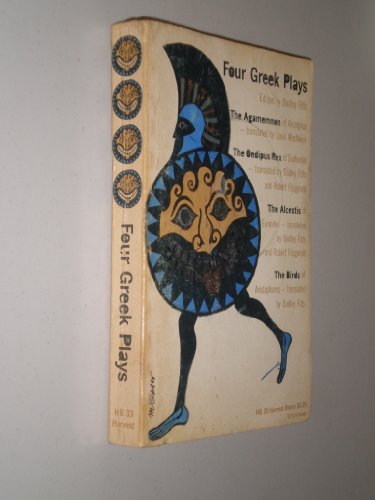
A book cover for Four Greek Plays: The Agamemnon, The Oedipus Rex, The Alcestis, The Birds; Aeschylus and Sophocles; Literature & Fiction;